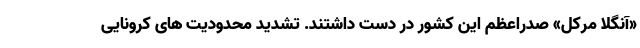
«آنگلا مرکل» صدراعظم این کشور در دست داشتند. تشدید محدودیت های کرونایی